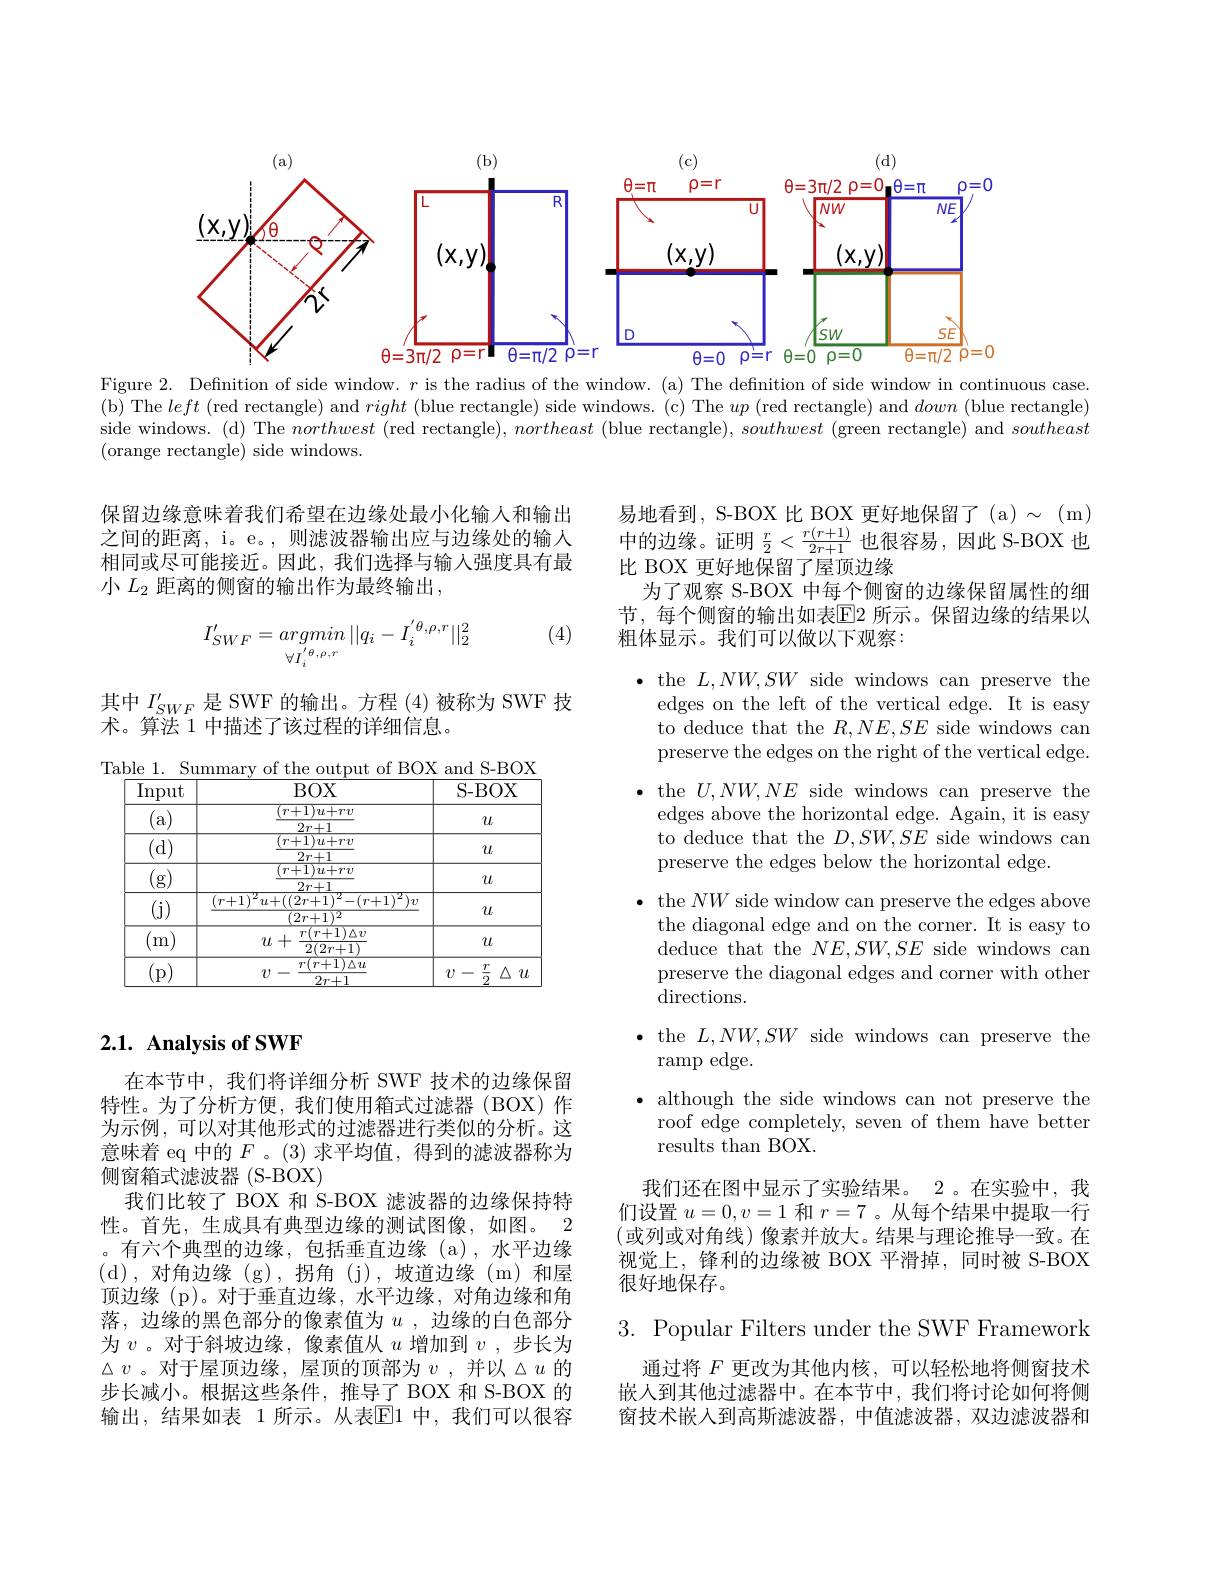
<FigureHere>

Figure 2. Defnition of side window. $r$ is the radius of the window.(a) The defnition of side window in continuous case (b) The left (red rectangle) and right (blue rectangle) side windows.(c) The $up$ (red rectangle) and down (blue rectangle) side windows. (d) The northwest (red rectangle), northeast (blue rectangle), southwest (green rectangle) and southeast (orange rectangle) side windows.

保留边缘意味着我们希望在边缘处最小化输入和输出之间的距离，i。e。,则滤波器输出应与边缘处的输入相同或尽可能接近。因此，我们选择与输入强度具有最小 $L_{2}$ 距离的侧窗的输出作为最终输出，

(4)
$$I_{SWF}^{\prime}=argmin||q_{i}-I_{i}^{'\theta,\rho,r}||_{2}^{2}$$
其中$I_{SWF}^{\prime}$是 SWF 的输出。方程 (4)被称为 SWF 技
术。算法 1 中描述了该过程的详细信息。

<table>
	<tbody>
		<tr>
			<th>$\overline{\mathrm{Input}}$</th>
			<th>$BOY$</th>
			<th>$BOX$</th>
			<th> </th>
			<th>S- BOX</th>
		</tr>
		<tr>
			<td>a</td>
			<td>$(r+1)u$ $2r+1$</td>
			<td>$+1)u+rv$ $2r+1$</td>
			<td> </td>
			<td>$u$</td>
		</tr>
		<tr>
			<td>(d)</td>
			<td>$(r+1)u$ $2r+1$</td>
			<td>$+1)u+rv$ $2r+1$</td>
			<td> </td>
			<td>$u$</td>
		</tr>
		<tr>
			<td>$^{'}\mathbf{g})$</td>
			<td>$(r+1)u$ $\underline{2r+1}$</td>
			<td>$+1)u+rv$ $\underline{2r+1}$</td>
			<td> </td>
			<td>$u$</td>
		</tr>
		<tr>
			<td>(j)</td>
			<td>$(r+1)^{2}u+((2r+1$ $(2r+1$</td>
			<td>$(2r+1)^{2}-(r+1)$ $(2r+1)^{2}$</td>
			<td>$\underline{v}$</td>
			<td>$u$</td>
		</tr>
		<tr>
			<td>$^{\prime }$m</td>
			<td>$r(r+$ $u+$ $\overline{2(2:}$</td>
			<td>$r(r+1)\Delta v$ $2(2r+1)$</td>
			<td> </td>
			<td>$u$</td>
		</tr>
		<tr>
			<td>(p)</td>
			<td>$\overline{r(r+1)}$ $v-$ $2r$</td>
			<td>$r(r+1)\Delta u$ $2r+1$</td>
			<td>$v$</td>
			<td>$\frac{r}{2}$ $\triangle$ $i$ $v-$ $u$</td>
		</tr>
	</tbody>
</table>

## $2. 1. \textbf{ Analysis of SWF}$

在本节中，我们将详细分析 SWF 技术的边缘保留特性。为了分析方便，我们使用箱式过滤器(BOX)作为示例，可以对其他形式的过滤器进行类似的分析。这意味着 eq 中的$F$。(3)求平均值，得到的滤波器称为侧窗箱式滤波器(S-BOX)
我们比较了 BOX 和 S-BOX 滤波器的边缘保持特性。首先，牛成具有典型边缘的测试图像，如图。2 。有六个典型的边缘，包括垂直边缘(a),水平边缘(d),对角边缘(g),拐角(j),坡道边缘(m)和屋顶边缘(p)。对于垂直边缘，水平边缘，对角边缘和角落，边缘的黑色部分的像素值为$u$,边缘的白色部分为$v$ 。对于斜坡边缘，像素值从$u$增加到$v$ ,步长为$\triangle v$ 。对于屋顶边缘，屋顶的顶部为$v$ ,并以$\vartriangle u$的步长减小。根据这些条件，推导了 BOX 和 S-BOX 的输出，结果如表 1 所示。从表$\overline{\mathrm{E}}$1 中，我们可以很容

易地看到，S-BOX 比 BOX 更好地保留了 (a) $\sim$ (m) 中的边缘。证明$\frac r2<\frac{r(r+1)}{2r+1}$也很容易，因此 S-BOX 也

比 BOX 更好地保留了屋顶边缘
为了观察 S-BOX 中每个侧窗的边缘保留属性的细节，每个侧窗的输出如表$\overline{\mathrm{E}}$2 所示。保留边缘的结果以粗体显示。我们可以做以下观察：

$\bullet$ the $L,NW,SW$ side windows can preserve the
edges on the left of the vertical edge. It is easy to deduce that the $R,NE,SE$ side windows can preserve the edges on the right of the vertical edge.
$\bullet$ the $U,NW,NE$ side windows can preserve the
edges above the horizontal edge. Again, it is easy to deduce that the $D,SW,SE$ side windows can preserve the edges below the horizontal edge.
$\bullet$ the $NW$ side window can preserve the edges above
the diagonal edge and on the corner. It is easy to deduce that the $NE,SW,SE$ side windows can preserve the diagonal edges and corner with other ${\mathrm{directions.}}$
$\bullet$ the $L,NW,SW$ side windows can preserve the
ramp edge.
$\bullet$ although the side windows can not preserve the roof edge completely, seven of them have better results than BOX
我们还在图中显示了实验结果。2 。在实验中，我

们设置$u=0,v=1$和$r=7$ 。从每个结果中提取一行(或列或对角线)像素并放大。结果与理论推导一致。在视觉上，锋利的边缘被 BOX 平滑掉，同时被 S-BOX 很好地保存。

$3.{\mathrm{~Popular~Filters~under~the~SWF~Framework}}$

通过将$F$更改为其他内核，可以轻松地将侧窗技术嵌人到其他过滤器中。在本节中，我们将讨论如何将侧窗技术嵌人到高斯滤波器，中值滤波器，双边滤波器和